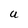
Character: U